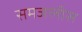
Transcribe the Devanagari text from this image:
समजलीस